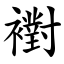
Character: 襨